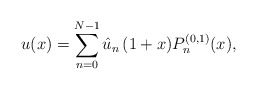
\begin{align*}u(x)=\sum_{n=0}^{N-1} \hat u_n\, (1+x)P_n^{(0,1)}(x),\end{align*}